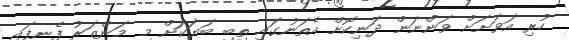
ހުރި އަވަށަށް ވަންނަން ދަނިކޮށް އެތަނުގައި ތިބި ބަޔަކަށް މި މަންޒަރު ފެނިފައި